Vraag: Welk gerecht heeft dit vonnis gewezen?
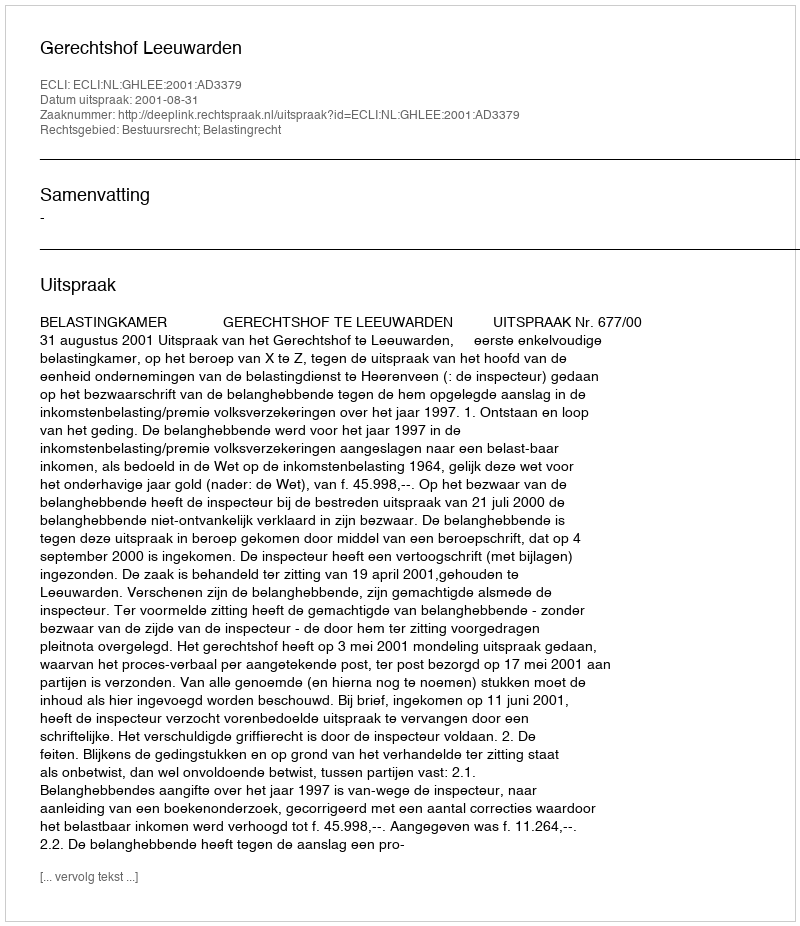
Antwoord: Gerechtshof Leeuwarden